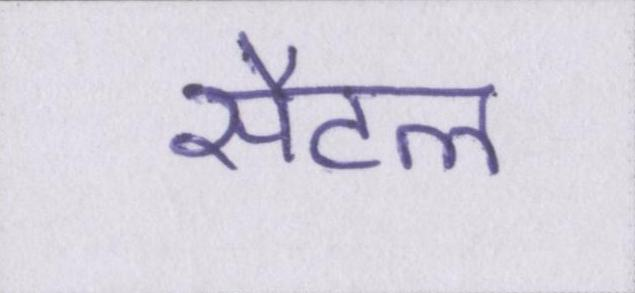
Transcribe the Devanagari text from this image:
सैटल